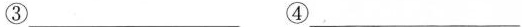
③___ ④ ___